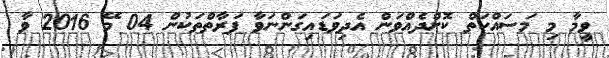
ވީމާ މި މަސައްކަތް ކޮށްދެއްވަން އެދިވަޑައިގަންނަވާ ފަރާތްތަކުން 04 މޭ 2016 ވާ